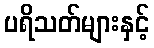
ပရိသတ်များနှင့်